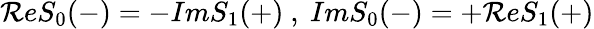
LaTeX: \mathcal{R}eS_{0}(-)=-ImS_{1}(+)\ ,\ ImS_{0}(-)=+\mathcal{R}eS_{1}(+)